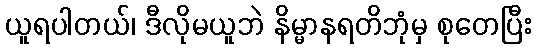
ယူရပါတယ်၊ ဒီလိုမယူဘဲ နိမ္မာနရတိဘုံမှ စုတေပြီး